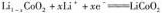
$$L i _ { 1 - 1 } C o 0 _ { 2 } + x L i ^ { + } + x e ^ { - } = L i C o 0 _ { 2 }$$